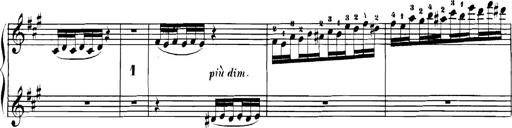
Title: Spinnerlied aus dem Fliegenden HollÃ¤nder
Composer: Franz Liszt